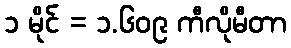
၁ မိုင် = ၁.၆၀၉ ကီလိုမီတာ